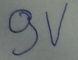
Text: 9V